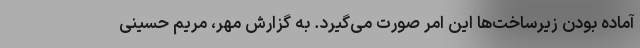
آماده بودن زیرساخت‌ها این امر صورت می‌گیرد. به گزارش مهر، مریم حسینی